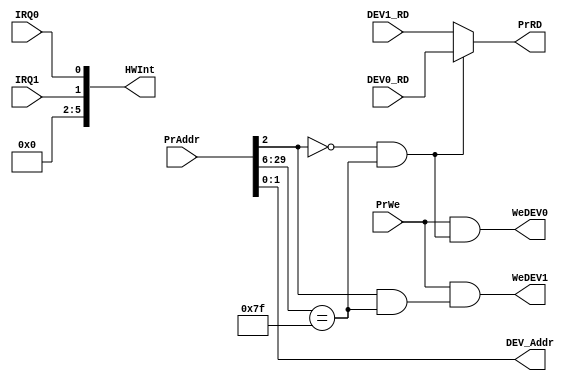
`timescale 1ns / 1ps
//////////////////////////////////////////////////////////////////////////////////
// Company: 
// Engineer: 
// 
// Design Name: 
// Module Name:    bridge 
// Project Name: 
// Target Devices: 
// Tool versions: 
// Description: 
//
// Dependencies: 
//
// Revision: 
// Revision 0.01 - File Created
// Additional Comments: 
//
//////////////////////////////////////////////////////////////////////////////////
module bridge(
	input [31:2] PrAddr,
	output [31:0] PrRD,
	input [31:0] DEV0_RD,
	input [31:0] DEV1_RD,	
	output [3:2] DEV_Addr,
	output [5:0] HWInt,
	input PrWe,
	output WeDEV0,
	output WeDEV1,
	input IRQ0,
	input IRQ1
    );
 assign DEV_Addr=PrAddr[3:2];//
 
 wire HitDEV0;
 assign HitDEV0= (PrAddr[4]==1'b0) && (PrAddr[31:8]==24'h00007f);
 
 wire HitDEV1;
 assign HitDEV1= (PrAddr[4]==1'b1) && (PrAddr[31:8]==24'h00007f); //
 
 assign WeDEV0=PrWe & HitDEV0;
 assign WeDEV1=PrWe & HitDEV1;
 
 assign PrRD= (HitDEV0) ? DEV0_RD : DEV1_RD;
 
 assign HWInt= {3'b000,IRQ1, IRQ0};
  /*********************************/
endmodule